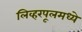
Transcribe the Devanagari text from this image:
लिव्हरपूलमध्ये